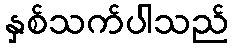
နှစ်သက်ပါသည်